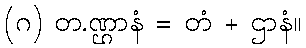
(ဂ) တ.ဏ္ဌာနံ = တံ + ဌာနံ။